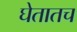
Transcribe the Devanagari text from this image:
घेतातच